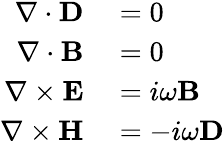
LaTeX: \begin{array}{rl}{\nabla\cdot\mathbf{D}}&{{}=0}\\ {\nabla\cdot\mathbf{B}}&{{}=0}\\ {\nabla\times\mathbf{E}}&{{}=i\omega\mathbf{B}}\\ {\nabla\times\mathbf{H}}&{{}=-i\omega\mathbf{D}}\end{array}